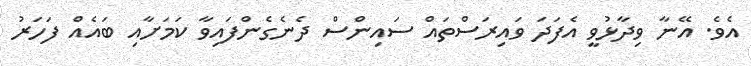
އެވެ. އޭނާ ވިދާޅުވީ އެފަދަ ވައިރަސްތައް ސައިންސް ދެނެގެންފައިވާ ކަމަށާއި ބައެއް ފަހަރު